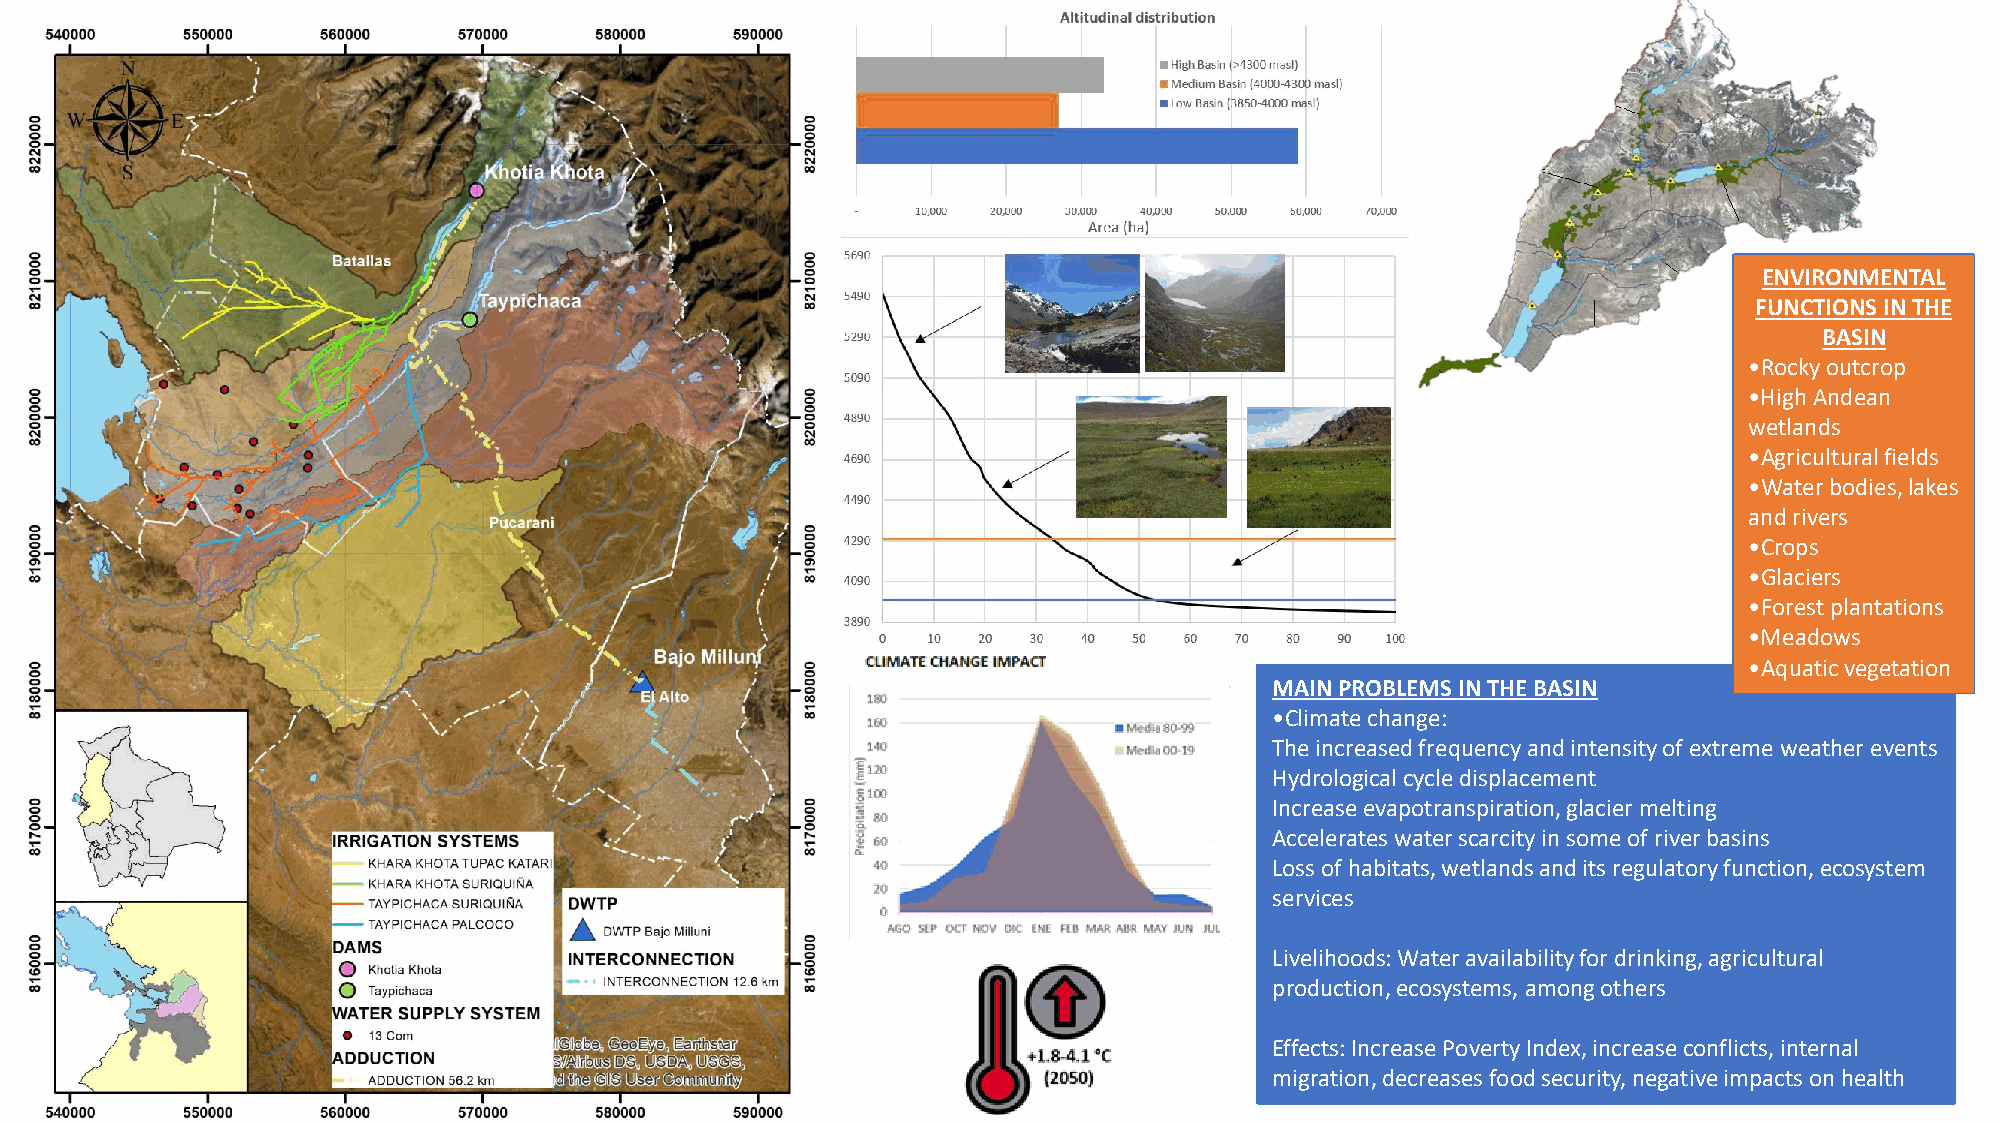
ENVIRONMENTAL
 FUNCTIONS IN THE
 BASIN
 •Rocky outcrop
 •High Andean
 wetlands
 •Agriculturalfields
 •Waterbodies, lakes
 and rivers
 •Crops
 •Glaciers
 •Forest plantations
 •Meadows
 •Aquaticvegetation
 MAIN PROBLEMS IN THE BASIN
 •Climate change:
 The increased frequency and intensity of extreme weather events
 Hydrological cycle displacement​
 Increase evapotranspiration, glacier melting​
 Accelerates water scarcity in some of river basins​
 Loss of habitats, wetlands and its regulatory function, ecosystem
 services
 Livelihoods: Water availability for drinking, agricultural
 production, ecosystems, among others​
 Effects: Increase Poverty Index, increase conflicts, internal
 migration, decreases food security, negative impacts on health​